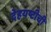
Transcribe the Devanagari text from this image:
देहयष्टीची